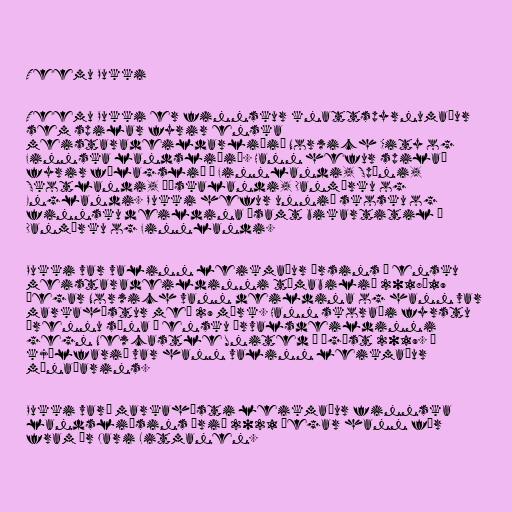
Teemu Pukki

Teemu Pukki er finnskur knattspyrnumaður
sem spilar fyrir enska
meistaradeildarliðið Norwich City og
Finnska landsliðið. Hann hefur spilað
fyrir félagslið í Finnlandi, Spáni,
Skotlandi, Þýskalandi, Danmörku og
Englandi. Pukki hefur unnið skosku og
finnsku deildina ásamt bikartitil í
Danmörku og Finnlandi.

Pukki var valinn leikmaður ársins í ensku
meistaradeildinni tímabilið 2018–19
þegar Norwich vann deildina og hann var
markahæstur með 29 mörk. Hann skoraði fyrstu
þrennu sína í ensku úrvalsdeildinni
gegn Newcastle United í ágúst 2019. Í
kjölfarið var hann valinn leikmaður
mánaðarins.

Pukki varð markahæsti leikmaður finnska
landsliðsins árið 2021 þegar hann fór
fram úr Jari Litmanen.